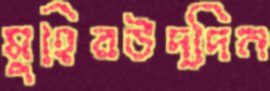
মুহিবউদ্দিন